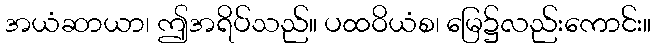
အယံဆာယာ၊ ဤအရိပ်သည်။ ပထဝိယံစ၊ မြေ၌လည်းကောင်း။